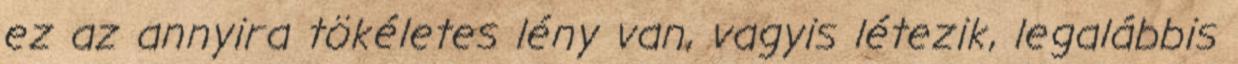
ez az annyira tökéletes lény van, vagyis létezik, legalábbis